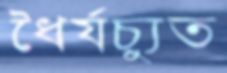
ধৈর্যচ্যুত